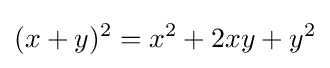
(x+y)^{2}=x^{2}+2xy+y^{2}